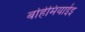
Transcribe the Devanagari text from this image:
बोहेमियाईइ